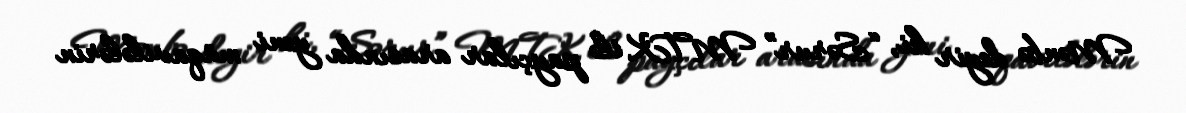
Mənbə deyir ki, “Sərur” MTK ilə payçılar arasında yeni müqavilələrin